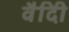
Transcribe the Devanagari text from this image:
वैदीि